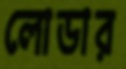
লোডার